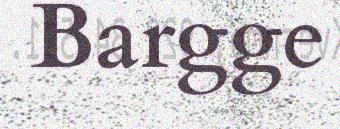
Bargge